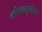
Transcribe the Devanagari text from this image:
कपिलमुनींवर